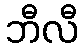
ဘီလီ